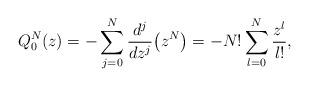
LaTeX: \begin{gather*} Q_{0}^{N}(z)=-\sum_{j=0}^{N}\frac{d^{j}}{dz^{j}}\big( z^{N}\big) =-N!\sum_{l=0}^{N}\frac{z^{l}}{l!},\end{gather*}